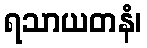
ရသာယတနံ၊